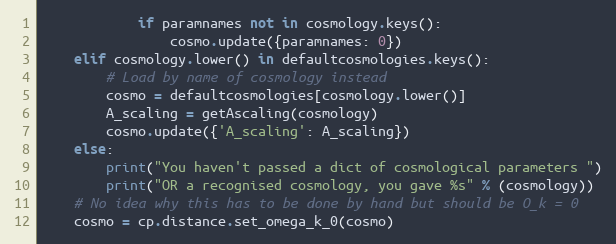
Language: Python
            if paramnames not in cosmology.keys():
                cosmo.update({paramnames: 0})
    elif cosmology.lower() in defaultcosmologies.keys():
        # Load by name of cosmology instead
        cosmo = defaultcosmologies[cosmology.lower()]
        A_scaling = getAscaling(cosmology)
        cosmo.update({'A_scaling': A_scaling})
    else:
        print("You haven't passed a dict of cosmological parameters ")
        print("OR a recognised cosmology, you gave %s" % (cosmology))
    # No idea why this has to be done by hand but should be O_k = 0
    cosmo = cp.distance.set_omega_k_0(cosmo)